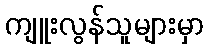
ကျူးလွန်သူများမှာ